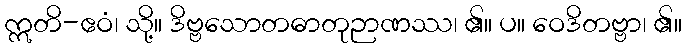
ဣတိ-ဧဝံ၊ သို့။ ဒိဗ္ဗသောတဓာတုဉာဏဿ၊ ၏။ ပ။ ဝေဒိတဗ္ဗာ၊ ၏။